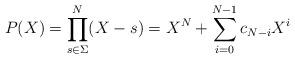
LaTeX: \begin{align*}P(X) = \prod_{s\in \Sigma}^N (X-s) = X^N + \sum_{i=0}^{N-1} c_{N-i} X^i\end{align*}